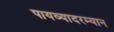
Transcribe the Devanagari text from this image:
पायव्यादरम्यान